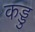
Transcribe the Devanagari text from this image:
कड्डु